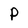
Character: P